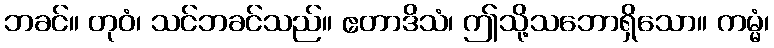
ဘခင်။ တုဝံ၊ သင်ဘခင်သည်။ ဧတာဒိသံ၊ ဤသို့သဘောရှိသော။ ကမ္မံ၊